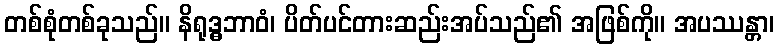
တစ်စုံတစ်ခုသည်။ နိရုဒ္ဓဘာဝံ၊ ပိတ်ပင်တားဆည်းအပ်သည်၏ အဖြစ်ကို။ အပဿန္တာ၊